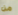
من